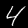
Label: 4